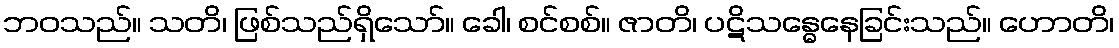
ဘဝသည်။ သတိ၊ ဖြစ်သည်ရှိသော်။ ခေါ၊ စင်စစ်။ ဇာတိ၊ ပဋိသန္ဓေနေခြင်းသည်။ ဟောတိ၊